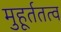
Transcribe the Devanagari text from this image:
मुहूर्ततत्व